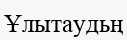
Ұлытаудьң